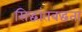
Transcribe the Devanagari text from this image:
सिद्धांतबद्धता